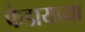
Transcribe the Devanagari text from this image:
फेडायच्या